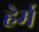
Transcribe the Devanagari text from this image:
हेर्म